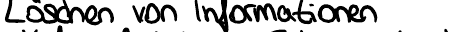
Löschen von Informationen